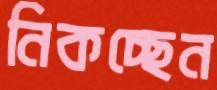
নিকচ্ছেন